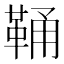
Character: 𩊾